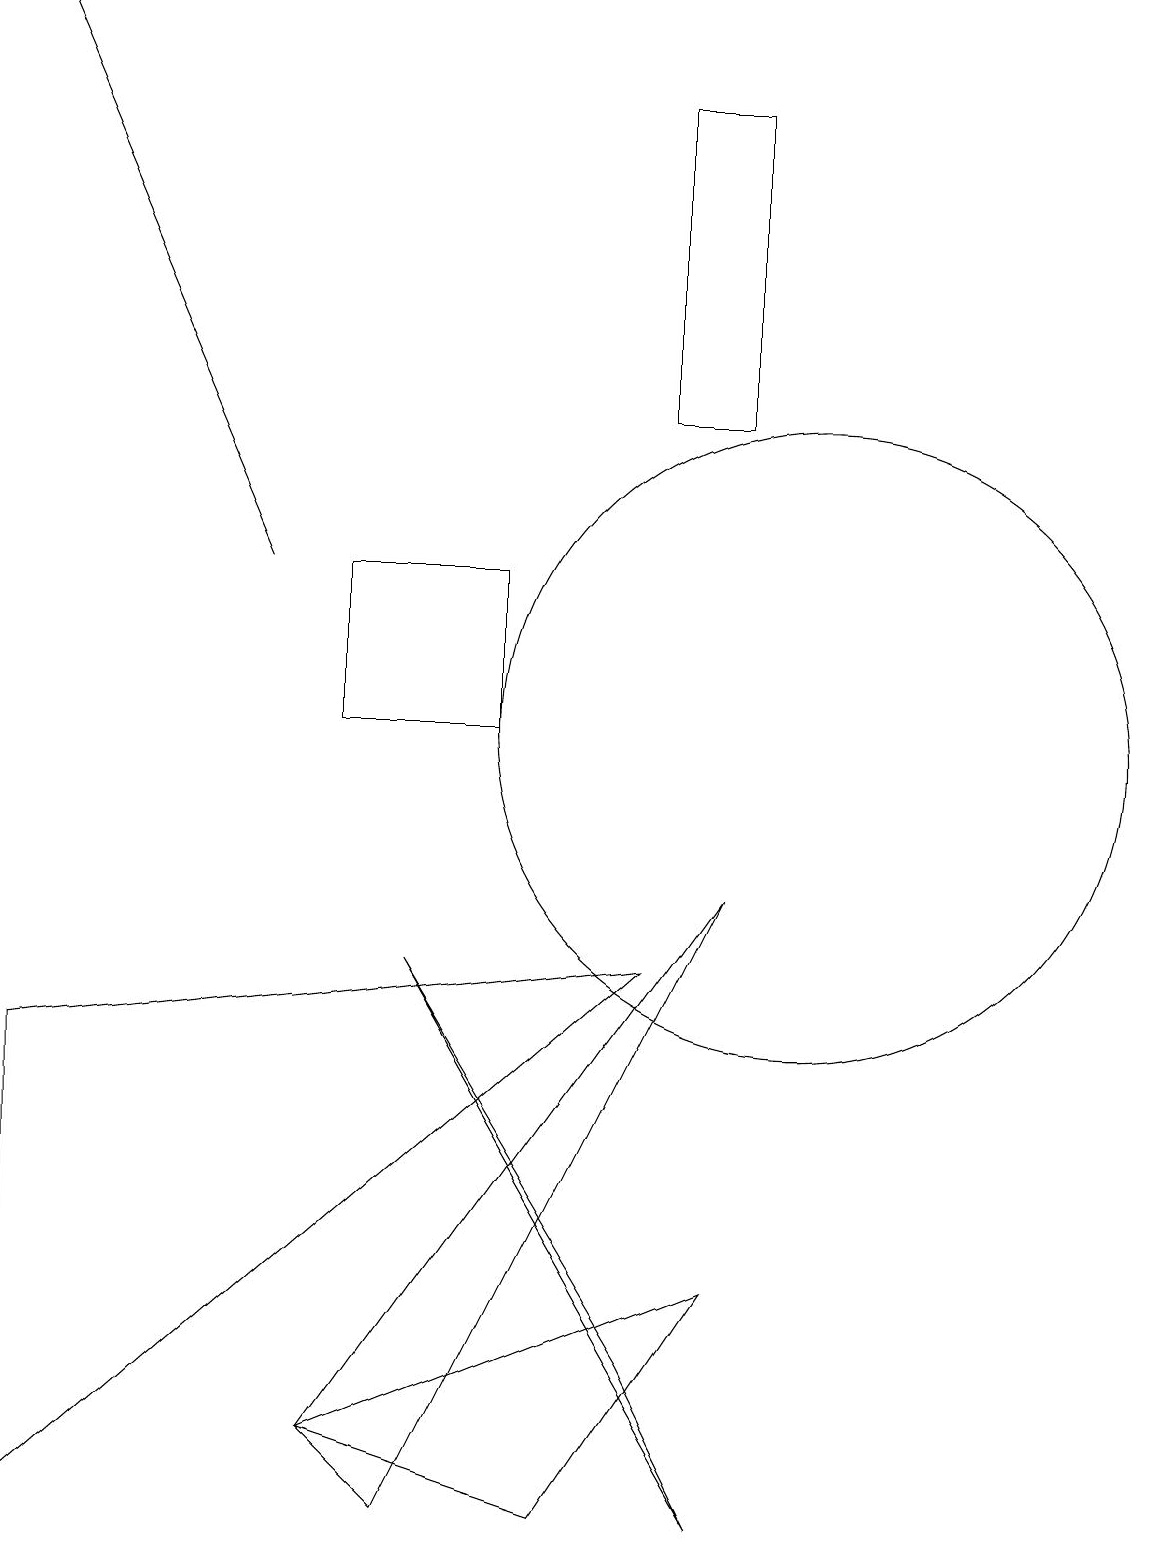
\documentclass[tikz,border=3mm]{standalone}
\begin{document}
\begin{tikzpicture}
\draw (4,1) -- (9,8) -- (5,0) -- cycle;
\draw[->] (3,12) -- (0,19);
\draw (5,7) -- (9,0) -- (8,2) -- cycle;
\draw (9,3) -- (4,1) -- (7,0) -- cycle;
\draw (9,14) rectangle (8,18);
\draw (6,12) rectangle (4,10);
\draw (0,6) -- (0,0) -- (8,7) -- cycle;
\draw (10,10) circle (4);
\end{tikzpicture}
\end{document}